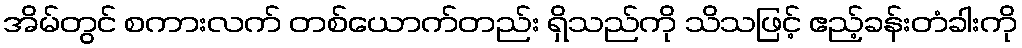
အိမ်တွင် စကားလက် တစ်ယောက်တည်း ရှိသည်ကို သိသဖြင့် ဧည့်ခန်းတံခါးကို